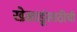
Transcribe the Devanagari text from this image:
खेळाडूंसाठीची